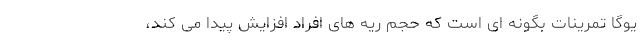
یوگا تمرینات بگونه ای است که حجم ریه های افراد افزایش پیدا می کند،